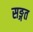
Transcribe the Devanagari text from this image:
सङ्गत